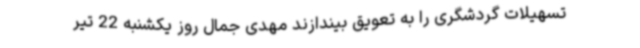
تسهیلات گردشگری را به تعویق بیندازند مهدی جمال روز ‌یکشنبه 22 تیر